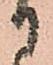
に